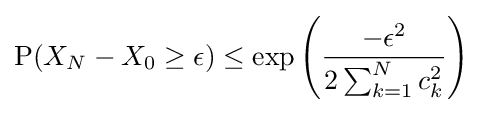
{\text{P}}(X_{N}-X_{0}\geq \epsilon )\leq \exp \left({-\epsilon ^{2} \over 2\sum _{k=1}^{N}c_{k}^{2}}\right)